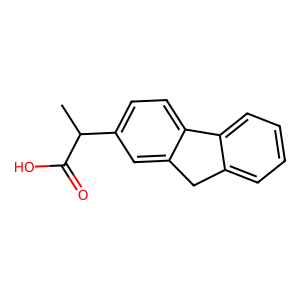
SMILES: CC(C(=O)O)c1ccc2c(c1)Cc1ccccc1-2
Inhibits HIV replication: No